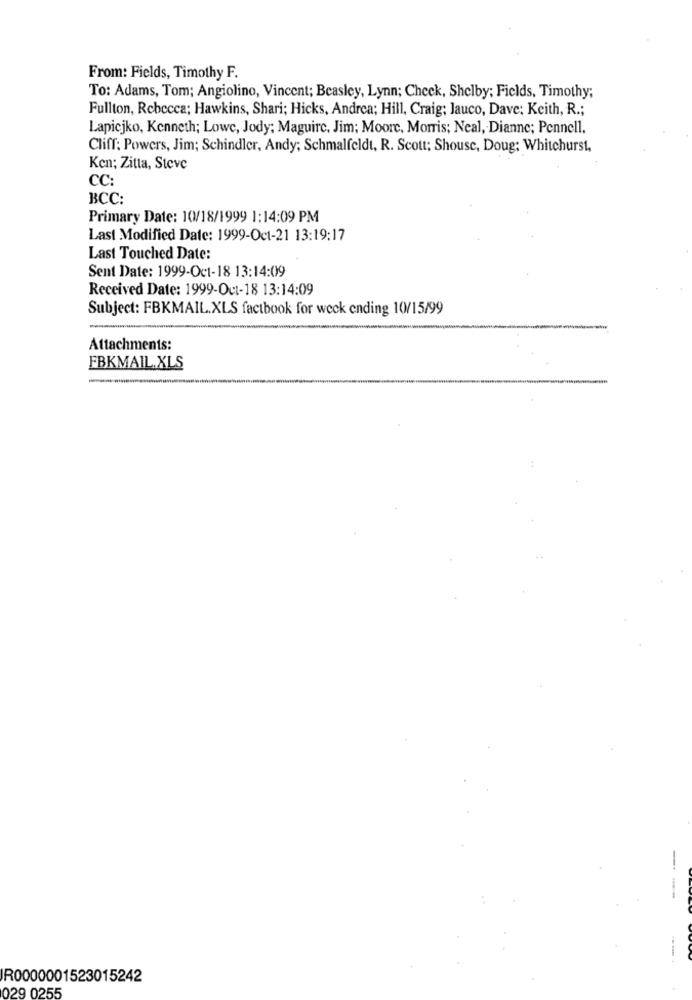
From: Fields, Timothy F.
To: Adams, Tom; Angiolino, Vincent; Beasley, Lynn; Check, Shelby; Fields, Timothy;
Fullton, Rebecca; Hawkins, Shari; Hicks, Andrea; Hill, Craig; lauco, Dave; Keith, R .;
Lapicjko, Kenneth; Lowe, Jody; Maguire, Jim; Moore, Morris; Neal, Dianne; Pennell.
Cliff: Powers, Jim; Schindler, Andy; Schmalfeldt, R. Scott: Shouse, Doug: Whitehurst,
Ken; Zitta, Steve
CC:
BCC:
Primary Date: 10/18/1999 1:14:09 PM
Last Modified Date: 1999-Oct-21 13:19:17
Last Touched Date:
Sent Date: 1999-Oct-18 13:14:09
Received Date: 1999-Oct-18 13:14:09
Subject: FBKMAIL.XLS factbook for weck ending 10/15/99
Attachments:
FBKMAIL.XLS
--
R0000001523015242
029 0255